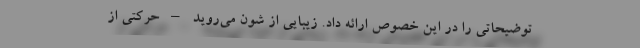
توضیحاتی را در این خصوص ارائه داد. زیبایی از شون می‌روید – حرکتی از